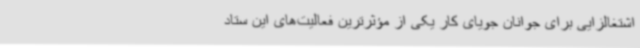
اشتغالزایی برای جوانان جویای کار یکی از مؤثرترین فعالیت‌های این ستاد